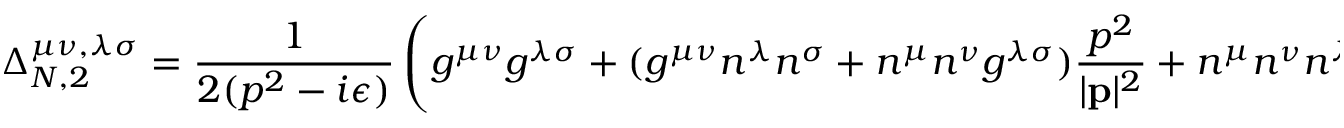
\Delta _ { N , 2 } ^ { \mu \nu , \lambda \sigma } = \frac { 1 } { 2 ( p ^ { 2 } - i \epsilon ) } \left( g ^ { \mu \nu } g ^ { \lambda \sigma } + ( g ^ { \mu \nu } n ^ { \lambda } n ^ { \sigma } + n ^ { \mu } n ^ { \nu } g ^ { \lambda \sigma } ) \frac { p ^ { 2 } } { | { \bf p } | ^ { 2 } } + n ^ { \mu } n ^ { \nu } n ^ { \lambda } n ^ { \sigma } \frac { ( p ^ { 2 } ) ^ { 2 } } { | { \bf p } | ^ { 4 } } \right) .